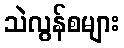
သဲလွန်စများ